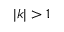
| k | > 1